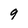
Character: 9